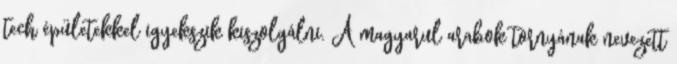
tech épületekkel igyekszik kiszolgálni. A magyarul arabok tornyának nevezett